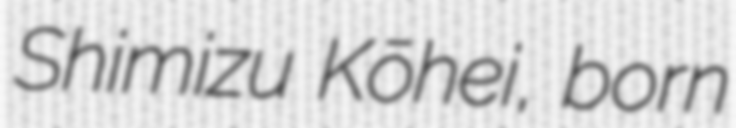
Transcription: Shimizu Kōhei, born